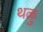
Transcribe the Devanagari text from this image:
थळु